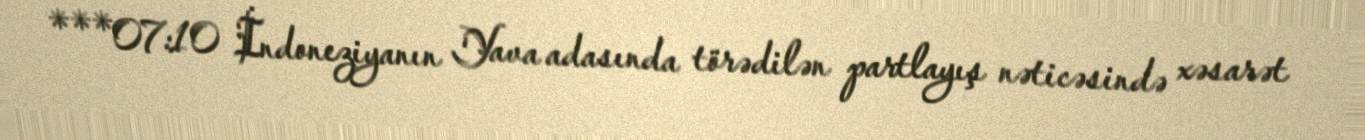
***07:10 İndoneziyanın Yava adasında törədilən partlayış nəticəsində xəsarət